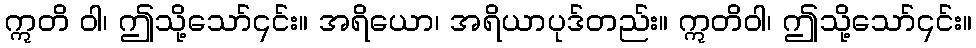
ဣတိ ဝါ၊ ဤသို့သော်၎င်း။ အရိယော၊ အရိယာပုဒ်တည်း။ ဣတိဝါ၊ ဤသို့သော်၎င်း။